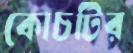
কোচটির